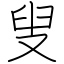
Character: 叟